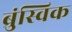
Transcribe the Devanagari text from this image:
ब्रुंस्विक